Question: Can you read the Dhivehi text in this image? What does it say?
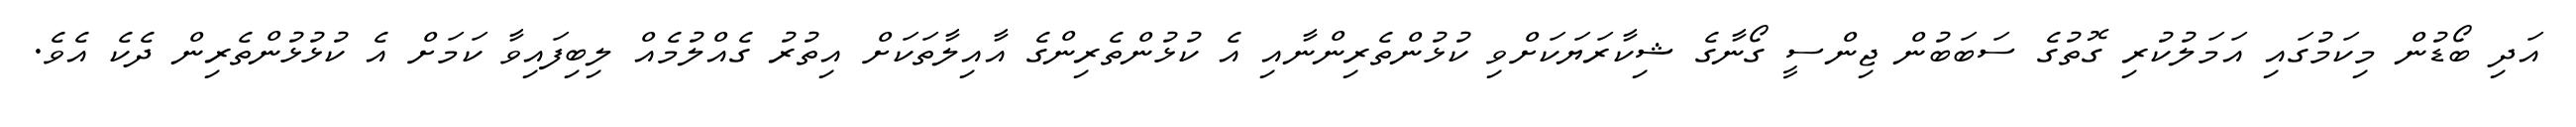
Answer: އަދި ބޯޑުން މިކަމުގައި އަމަލުކުރި ގޮތުގެ ސަބަބުން ޖިންސީ ގޯނާގެ ޝިކާރަޔަކަށްވި ކުޅުންތެރިންނާއި އެ ކުޅުންތެރިންގެ އާއިލާތަކަށް އިތުރު ގެއްލުމެއް ލިބިފައިވާ ކަމަށް އެ ކުޅުޅުންތެރިން ދެކެ އެވެ.